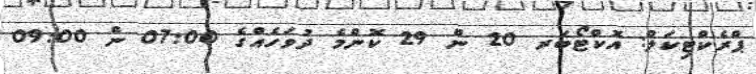
ޕްރެކްޓިކަލް: އޮކްޓޯބަރ 20 ން 29 ކޮންމެ ދުވަހެއްގެ 07:00 ން 09:00